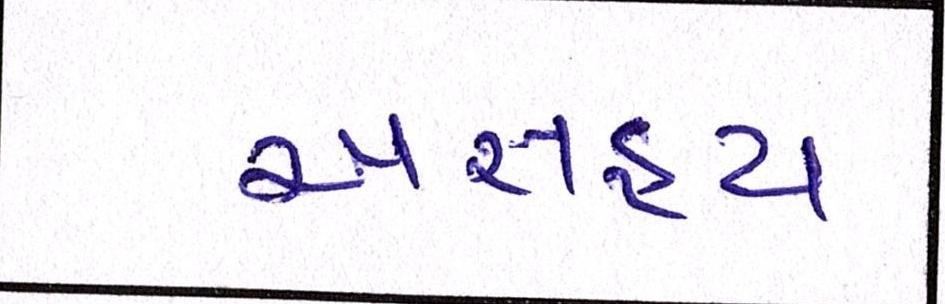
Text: અસહ્ય